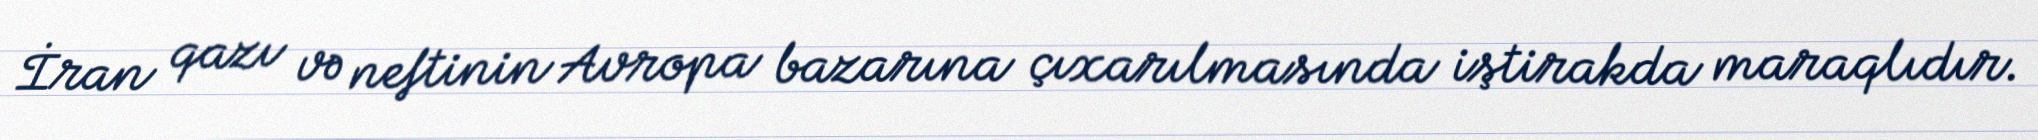
İran qazı və neftinin Avropa bazarına çıxarılmasında iştirakda maraqlıdır.